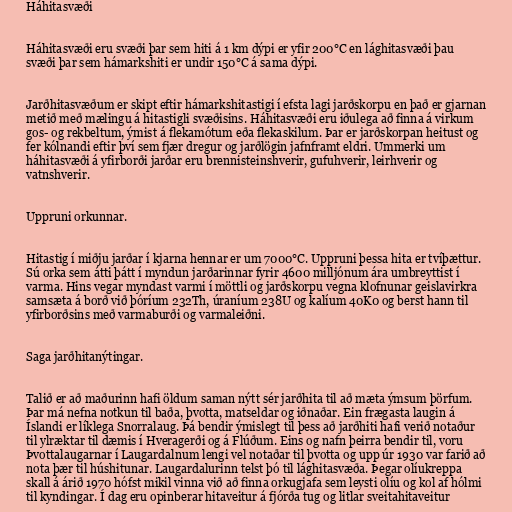
Háhitasvæði

Háhitasvæði eru svæði þar sem hiti á 1 km dýpi er yfir 200°C en lághitasvæði þau
svæði þar sem hámarkshiti er undir 150°C á sama dýpi.

Jarðhitasvæðum er skipt eftir hámarkshitastigi í efsta lagi jarðskorpu en það er gjarnan
metið með mælingu á hitastigli svæðisins. Háhitasvæði eru iðulega að finna á virkum
gos- og rekbeltum, ýmist á flekamótum eða flekaskilum. Þar er jarðskorpan heitust og
fer kólnandi eftir því sem fjær dregur og jarðlögin jafnframt eldri. Ummerki um
háhitasvæði á yfirborði jarðar eru brennisteinshverir, gufuhverir, leirhverir og
vatnshverir.

Uppruni orkunnar.

Hitastig í miðju jarðar í kjarna hennar er um 7000°C. Uppruni þessa hita er tvíþættur.
Sú orka sem átti þátt í myndun jarðarinnar fyrir 4600 milljónum ára umbreyttist í
varma. Hins vegar myndast varmi í möttli og jarðskorpu vegna klofnunar geislavirkra
samsæta á borð við þóríum 232Th, úraníum 238U og kalíum 40K0 og berst hann til
yfirborðsins með varmaburði og varmaleiðni.

Saga jarðhitanýtingar.

Talið er að maðurinn hafi öldum saman nýtt sér jarðhita til að mæta ýmsum þörfum.
Þar má nefna notkun til baða, þvotta, matseldar og iðnaðar. Ein frægasta laugin á
Íslandi er líklega Snorralaug. Þá bendir ýmislegt til þess að jarðhiti hafi verið notaður
til ylræktar til dæmis í Hveragerði og á Flúðum. Eins og nafn þeirra bendir til, voru
Þvottalaugarnar í Laugardalnum lengi vel notaðar til þvotta og upp úr 1930 var farið að
nota þær til húshitunar. Laugardalurinn telst þó til lághitasvæða. Þegar olíukreppa
skall á árið 1970 hófst mikil vinna við að finna orkugjafa sem leysti olíu og kol af hólmi
til kyndingar. Í dag eru opinberar hitaveitur á fjórða tug og litlar sveitahitaveitur